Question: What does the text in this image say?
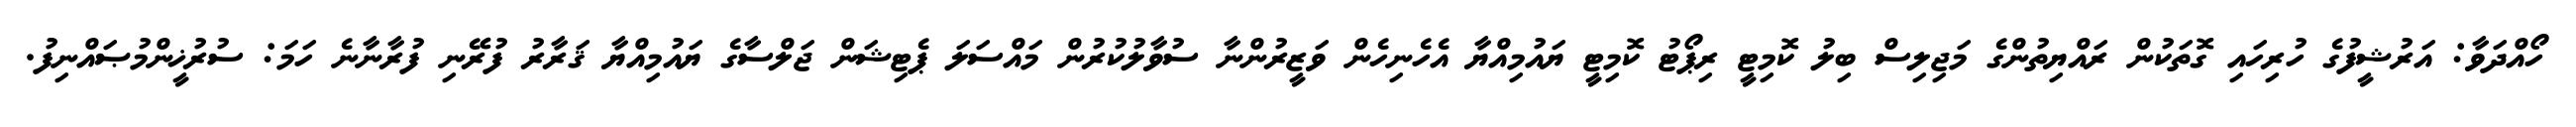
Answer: ހޯއްދަވާ: އަރުޝީފުގެ ހުރިހައި ގޮތަކުން ރައްޔިތުންގެ މަޖިލިސް ބިލު ކޮމިޓީ ރިޕޯޓު ކޮމިޓީ ޔައުމިއްޔާ އެހެނިހެން ވަޒީރުންނާ ސުވާލުކުރުން މައްސަލަ ޕެޓިޝަން ޖަލްސާގެ ޔައުމިއްޔާ ޤަރާރު ފުރޭނި ފުރާނާނެ ހަމަ: ސުރުޚީންމުޞައްނިފު.